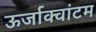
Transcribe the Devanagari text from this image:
ऊर्जाक्वांटम